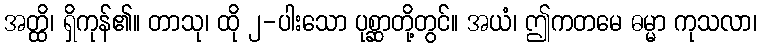
အတ္ထိ၊ ရှိကုန်၏။ တာသု၊ ထို ၂-ပါးသော ပုစ္ဆာတို့တွင်။ အယံ၊ ဤကတမေ ဓမ္မာ ကုသလာ၊